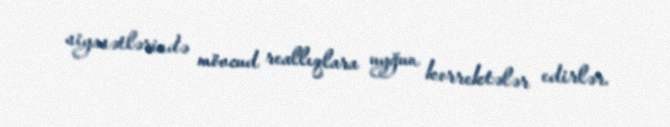
siyasətlərində mövcud reallıqlara uyğun korrektələr edirlər.